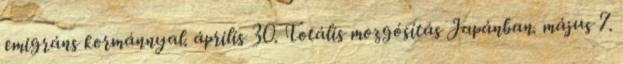
emigráns kormánnyal. április 30. Totális mozgósítás Japánban. május 7.